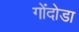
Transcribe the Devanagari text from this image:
गोंदोडा